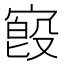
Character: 𫳷